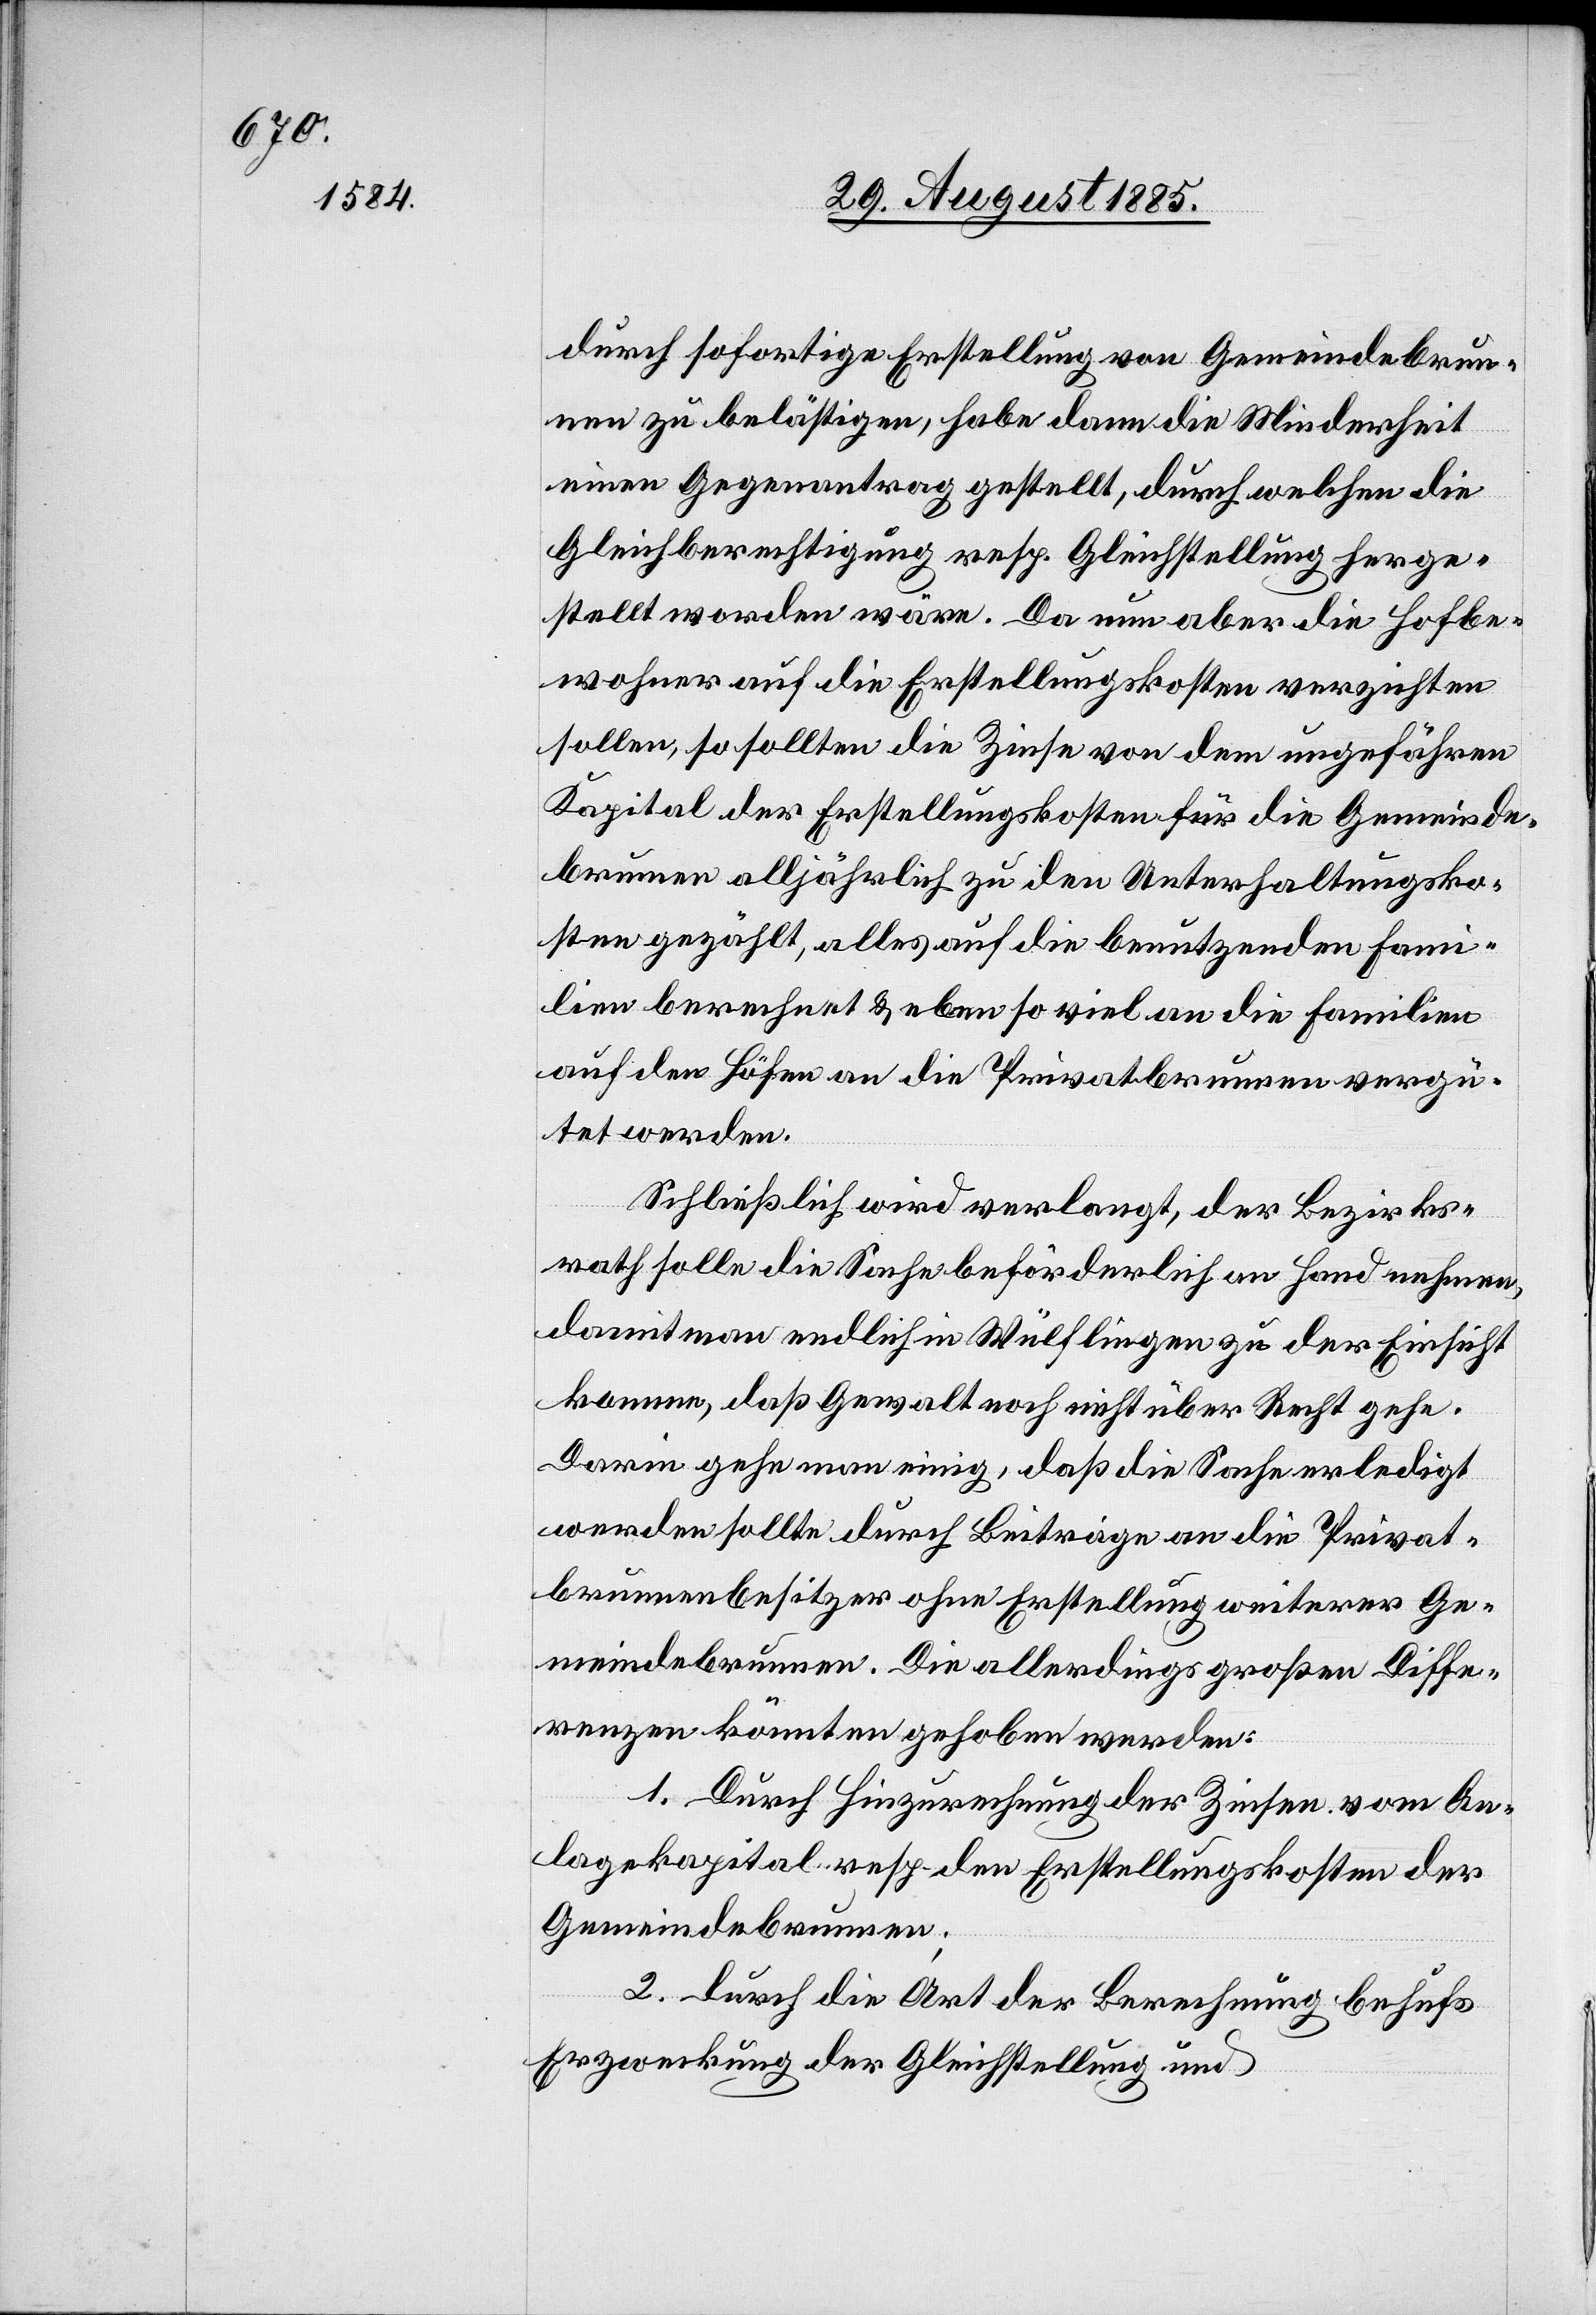
durch sofortige Erstellung von Gemeindebrun¬
nen zu belästigen, habe dann die Minderheit
einen Gegenantrag gestellt, durch welchen die
Gleichberechtigung resp. Gleichstellung herge¬
stellt worden wäre. Da nun aber die Hofbe¬
wohner auf die Erstellungskosten verzichten
sollen, so sollten die Zinse von dem ungefähren
Kapital der Erstellungskosten für die Gemeinde¬
brunnen alljährlich zu den Unterhaltungsko¬
sten gezählt, alles auf die benutzenden Fami¬
lien berechnet & eben so viel an die Familien
auf den Höfen an die Privatbrunnen vergü¬
tet werden.
Schließlich wird verlangt, der Bezirks¬
rath solle die Sache beförderlich an Hand nehmen,
damit man endlich in Wülflingen zu der Einsicht
komme, daß Gewalt noch nicht über Recht gehe.
Darin gehe man einig, daß die Sache erledigt
werden sollte durch Beiträge an die Privat¬
brunnenbesitzer ohne Erstellung weiterer Ge¬
meindebrunnen. Die allerdings großen Diffe¬
renzen könnten gehoben werden:
1. Durch Hinzurechnung der Zinsen vom An¬
lagekapital resp. den Erstellungskosten der
Gemeindebrunnen;
2. durch die Art der Berechnung behufs
Erzweckung der Gleichstellung und